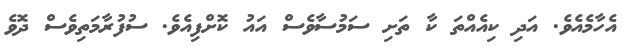
އެހާމެއެވެ. އަދި ކިއެއްތަ ކާ ތަށި ސަމުސާވެސް އައު ކޮށްފިއެވެ. ސުފުރާމަތިވެސް ދޮވެ